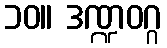
၁၀။ ဒဏ္ဍဝဂ္ဂ